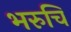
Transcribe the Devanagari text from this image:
भरुचि